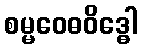
စမ္မဝေဓဝိဒ္ဓေါ